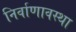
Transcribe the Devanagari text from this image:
निर्वाणावस्था